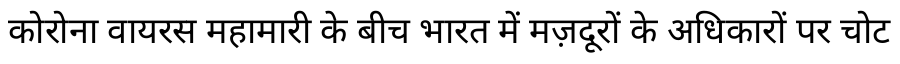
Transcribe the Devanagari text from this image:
कोरोना वायरस महामारी के बीच भारत में मज़दूरों के अधिकारों पर चोट